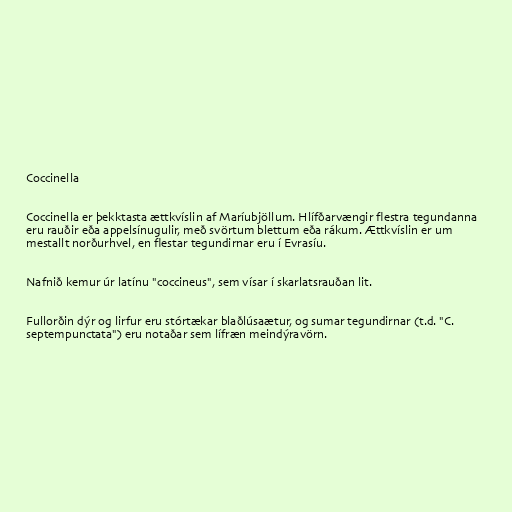
Coccinella

Coccinella er þekktasta ættkvíslin af Maríubjöllum. Hlífðarvængir flestra tegundanna
eru rauðir eða appelsínugulir, með svörtum blettum eða rákum. Ættkvíslin er um
mestallt norðurhvel, en flestar tegundirnar eru í Evrasíu.

Nafnið kemur úr latínu "coccineus", sem vísar í skarlatsrauðan lit.

Fullorðin dýr og lirfur eru stórtækar blaðlúsaætur, og sumar tegundirnar (t.d. "C.
septempunctata") eru notaðar sem lífræn meindýravörn.